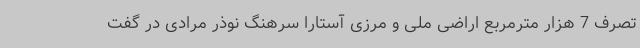
تصرف 7 هزار مترمربع اراضی ملی و مرزی آستارا سرهنگ نوذر مرادی در گفت